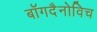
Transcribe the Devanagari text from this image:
बॉगदैनोविच